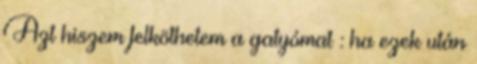
Azt hiszem felköthetem a gatyómat : ha ezek után